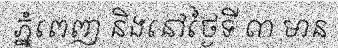
ភ្នំពេញ និងនៅថ្ងៃទី ៣ មាន